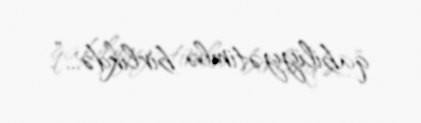
qabiliyyətimlə birlikdə...”.